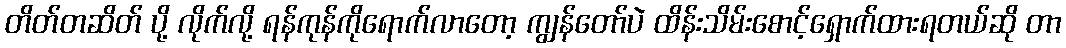
တိတ်တဆိတ် ပို့ လိုက်လို့ ရန်ကုန်ကိုရောက်လာတော့ ကျွန်တော်ပဲ ထိန်းသိမ်းစောင့်ရှောက်ထားရတယ်ဆို တာ